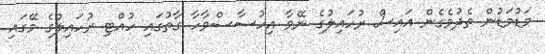
މަޑުމަޑުން ތެދުވެގެން އައިސް ރުހައިލުގެ ނޭވާ އިހުސާސްވާހާ ގާތުގައި ހުއްޓި ރުހައިލުގެ މޭގައި